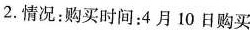
2.情况：购买时间：4月10日购买